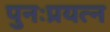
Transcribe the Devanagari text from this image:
पुनःप्रयत्न